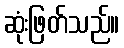
ဆုံးဖြတ်သည်။